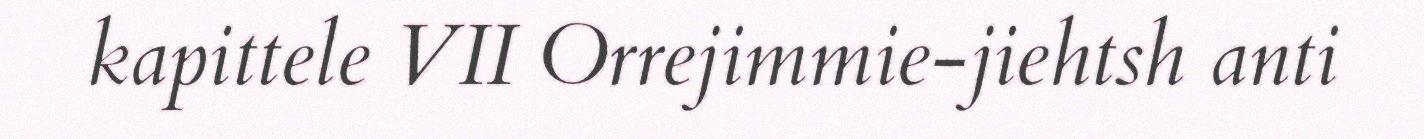
kapittele VII Orrejimmie-jiehtsh anti